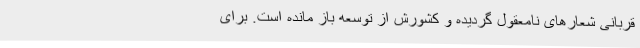
قربانی شعارهای نامعقول گردیده و کشورش از توسعه باز مانده است. برای